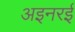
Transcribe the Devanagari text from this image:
अइनरई